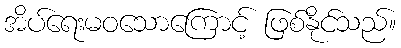
အိပ်ရေးမဝသောကြောင့် ဖြစ်နိုင်သည်။